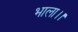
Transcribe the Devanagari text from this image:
भाला।।